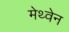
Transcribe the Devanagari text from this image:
मेथ्वेन